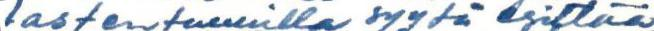
lastentunnilla syytä esittää